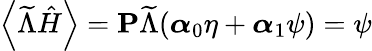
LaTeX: \left\langle\widetilde{\Lambda}\hat{H}\right\rangle=\textbf{P}\widetilde{\Lambda}(\boldsymbol{\alpha}_{0}\eta+\boldsymbol{\alpha}_{1}\psi)=\psi